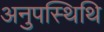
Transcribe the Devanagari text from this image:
अनुपस्थिथि